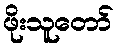
ဖိုးသူတော်